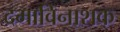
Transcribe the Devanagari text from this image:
दमाविनाशक